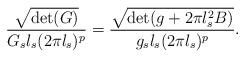
LaTeX: \begin{align*} {\sqrt{\det(G)}\over G_s l_s (2\pi l_s)^p} = {\sqrt{\det(g+2\pi l_s^2 B)} \over g_s l_s (2\pi l_s)^p} .\end{align*}